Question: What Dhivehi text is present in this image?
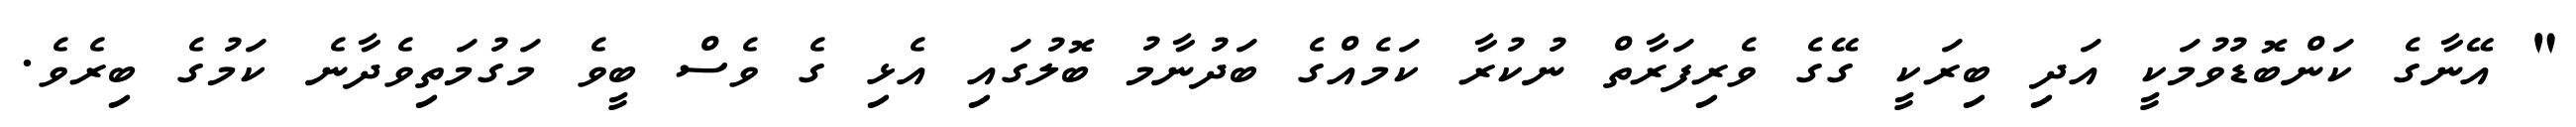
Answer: " އޭނާގެ ކަންބޮޑުވުމަކީ އަދި ބިރަކީ ގޭގެ ވެރިފަރާތް ނުކުރާ ކަމެއްގެ ބަދުނާމު ބޮލުގައި އެޅި ގެ ވެސް ބީވެ މަގުމަތިވެދާނެ ކަމުގެ ބިރެވެ.